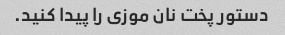
دستور پخت نان موزی را پیدا کنید.